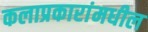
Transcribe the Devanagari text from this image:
कलाप्रकारांमधील